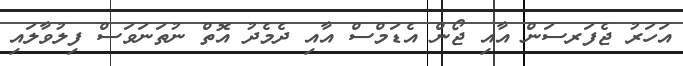
އަހަރު ޖެފަރސަން އާއި ޖޯން އެޑަމްސް އާއި ދެމެދު އޮތް ނުތަނަވަސް ފިލުވާލައި